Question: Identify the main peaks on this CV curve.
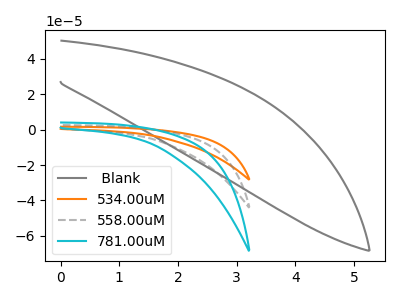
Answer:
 <answer>The gray curve " Blank" has no peaks. The orange curve "534.00uM" has no peaks. The gray dashed curve "558.00uM" has no peaks. The cyan curve "781.00uM" has no peaks.</answer>
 <eval></eval>